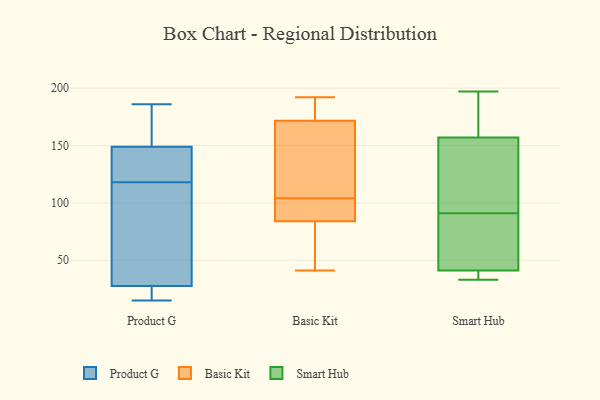
{"axis": {"x": "Website Visitors", "y": "Value"}, "legend": ["Basic Kit", "Product G", "Smart Hub"], "data": [{"x": "", "y": 28, "type": "Product G"}, {"x": "", "y": 127, "type": "Product G"}, {"x": "", "y": 149, "type": "Product G"}, {"x": "", "y": 157, "type": "Product G"}, {"x": "", "y": 27, "type": "Product G"}, {"x": "", "y": 132, "type": "Product G"}, {"x": "", "y": 24, "type": "Product G"}, {"x": "", "y": 121, "type": "Product G"}, {"x": "", "y": 149, "type": "Product G"}, {"x": "", "y": 51, "type": "Product G"}, {"x": "", "y": 186, "type": "Product G"}, {"x": "", "y": 22, "type": "Product G"}, {"x": "", "y": 54, "type": "Product G"}, {"x": "", "y": 115, "type": "Product G"}, {"x": "", "y": 151, "type": "Product G"}, {"x": "", "y": 15, "type": "Product G"}, {"x": "", "y": 41, "type": "Basic Kit"}, {"x": "", "y": 99, "type": "Basic Kit"}, {"x": "", "y": 104, "type": "Basic Kit"}, {"x": "", "y": 192, "type": "Basic Kit"}, {"x": "", "y": 176, "type": "Basic Kit"}, {"x": "", "y": 95, "type": "Basic Kit"}, {"x": "", "y": 184, "type": "Basic Kit"}, {"x": "", "y": 158, "type": "Basic Kit"}, {"x": "", "y": 111, "type": "Basic Kit"}, {"x": "", "y": 47, "type": "Basic Kit"}, {"x": "", "y": 170, "type": "Basic Kit"}, {"x": "", "y": 60, "type": "Basic Kit"}, {"x": "", "y": 92, "type": "Basic Kit"}, {"x": "", "y": 174, "type": "Smart Hub"}, {"x": "", "y": 83, "type": "Smart Hub"}, {"x": "", "y": 33, "type": "Smart Hub"}, {"x": "", "y": 160, "type": "Smart Hub"}, {"x": "", "y": 95, "type": "Smart Hub"}, {"x": "", "y": 35, "type": "Smart Hub"}, {"x": "", "y": 197, "type": "Smart Hub"}, {"x": "", "y": 88, "type": "Smart Hub"}, {"x": "", "y": 162, "type": "Smart Hub"}, {"x": "", "y": 78, "type": "Smart Hub"}, {"x": "", "y": 94, "type": "Smart Hub"}, {"x": "", "y": 65, "type": "Smart Hub"}, {"x": "", "y": 147, "type": "Smart Hub"}, {"x": "", "y": 36, "type": "Smart Hub"}, {"x": "", "y": 100, "type": "Smart Hub"}, {"x": "", "y": 36, "type": "Smart Hub"}, {"x": "", "y": 41, "type": "Smart Hub"}, {"x": "", "y": 157, "type": "Smart Hub"}]}